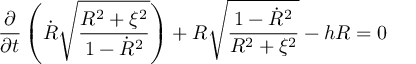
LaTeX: \frac { \partial } { \partial t } \left( \dot { R } \sqrt { \frac { R ^ { 2 } + \xi ^ { 2 } } { 1 - \dot { R } ^ { 2 } } } \right) + R \sqrt { \frac { 1 - \dot { R } ^ { 2 } } { R ^ { 2 } + \xi ^ { 2 } } } - h R = 0